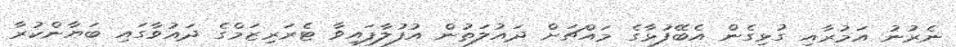
ނެރުނު އަމުރާއި ގުޅިގެން އެބޭފުޅާގެ މައްޗަށް ދައުލަތުން އުފުލާފައިވާ ޓެރަރިޒަމްގެ ދައުވާގައި ބަޔާންކުރާ